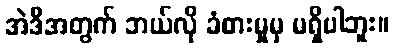
အဲဒီအတွက် ဘယ်လို ခံစားမှုမှ မရှိပါဘူး။